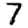
Digit: 7